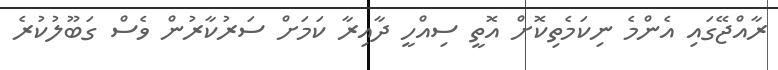
ރާއްޖޭގައި އެންމެ ނިކަމެތިކޮށް އޮތީ ސިއްހީ ދާއިރާ ކަމަށް ސަރުކާރުން ވެސް ގަބޫލުކުރެ